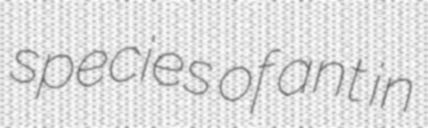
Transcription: species of ant in